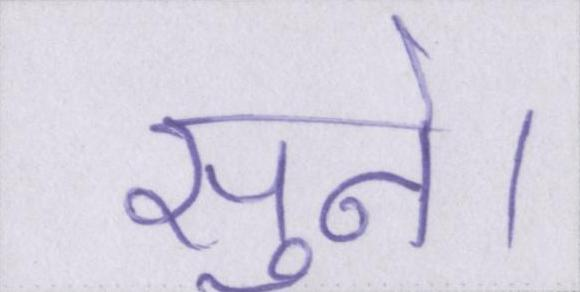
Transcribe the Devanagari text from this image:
सुने।